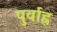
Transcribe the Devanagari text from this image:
पुर्वाह्न